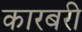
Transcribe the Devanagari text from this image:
कारबरी